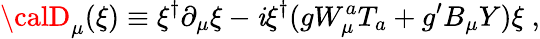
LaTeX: {\calD}_{\mu}(\xi)\equiv\xi^{\dagger}\partial_{\mu}\xi-\mathit{i}\xi^{\dagger}(gW_{\mu}^{a}T_{a}+g^{\prime}B_{\mu}Y)\xi\; ,